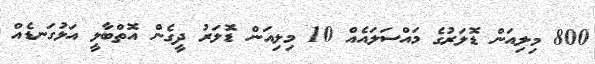
800 މިލިއަން ޑޮލަރުގެ މައްސަލައެއް 10 މިލިއަން ޑޮލަރު ދީގެން އޮތްބާލީ އަޅުގަނޑެއް